Tezpur Lunatic Asylum reports 1877-1894 - 1877-1894
Year: 1877
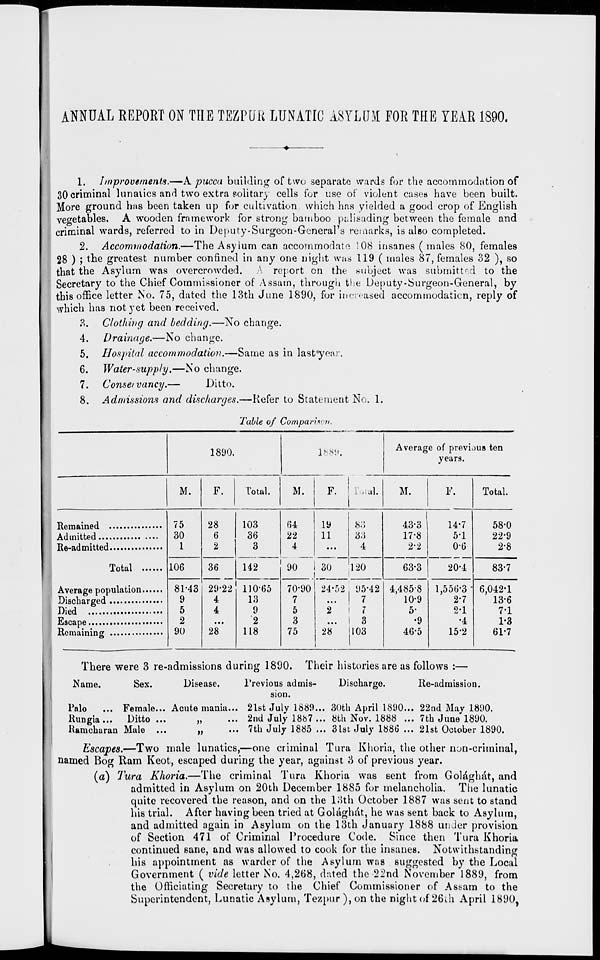
ANNUAL REPORT ON THE TEZPUR LUNATIC ASYLUM FOR THE YEAR 1890.
1. Improvements.—A pucca building of two separate wards for the accommodation of
30 criminal lunaiics and two extra solitary cells for use of violent cases have been built.
More ground has been taken up for cultivation which has yielded a good crop of English
vegetables. A wooden framework for strong bamboo palisading between the female and
criminal wards, referred to in Deputy-Surgeon-General's rewiarks, is also completed.
2. Accommodation.—The Asylum can accommodate 108 insanes (males 80, females
28 ) ; the greatest number confined in any one night was 119 ( males 87, females 32 ), so
that the Asylum was overcrowded.
report en the subject was submitted to the
Secretary to the Chief Commissioner of Assam, through the Deputy-Surgeon-General, by
this office letter No. 75, dated the 13th June 1890, for increased accommodaticn, reply of
which has not yet been received.
3. Clothing and bedding.—No change.
4. Drainage.—No change.
5. Hospital accommodation.—Same as in last*year.
6. Water-supply.—No change.
7. Conseivancy.—
Ditto.
8. Admissions and discharges.—Refer to Statement No. 1.
fable of Comparison.
1890.
1889.
Average of previous ten
years.
M.
F.
Total.
M.
F. ; »tal.
i
M.
F.
Total.
75
30
1
28
6
2
103
36
3
142
64
22
4
90
19
11
83
3;)
4
43-3
17-8
2-2
14-7
5-1
0-6
58-0
22-9
2-8
Total
106
36
29-22
4
4
28*
30
24-52
2
120
63-3
20-4
83-7
81-43
9
5
2
90
110-65
13
9
2
118
70-90
7
5
3
75
95-42
7
7
4,485-8
10-9
5-
•9
46-5
1,556-3 •
2-7
2-1
•4
15*2
6,042-1
13-6
7-1
... 1 3
28
1103
1*3
61-7
There were 3 re-admissions during 1890. Their histories are as follows :—
Name.
Sex.
Disease.
Discharge.
Re-admission.
Palo
... Female... Acute mania...
Rungia ... Ditto ...
Kamcharan Male
l'revious admis-
sion.
21st July 1889... 30th April 1890... 22nd May 1890.
2nd July 1887 ... 8th Nov. 1888 ... 7th June 1890.
7th July 1885 ... 3lst July 1886 ... 21st October 1890.
Escapes.—Two male lunatics,—one criminal Tura Khoria, the other non-criminal,
named Bog Ram Keot, escaped during the year, against 3 of previous year.
(a) Jura Khoria.—The criminal Tura Khoria was sent from Gol&ghat, and
admitted in Asylum on 20th December 1885 for melancholia. The lunatic
quite recovered the reason, and on the 13th October 1887 was sent to stand
his trial. After having been tried at Golagh&t, he was sent back to Asylum,
and admitted again in Asylum on the 13th January 1888 unJer provision
of Section 471 of Criminal Procedure Code. Since then Tura Khoria
continued sane, and was allowed to cook for the insanes. Notwithstanding
his appointment as warder of the Asylum was suggested by the Local
Government ( vide letter No. 4,268, dated the 22nd November 1889, from
the Officiating Secretary to the Chief Commissioner of Assam to the
Superintendent, Lunatic Asylum, Tezpur ), on the night of 26th April 1890,